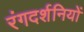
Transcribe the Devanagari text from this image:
रंगदर्शनियों